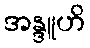
အန္ဒူဟိ